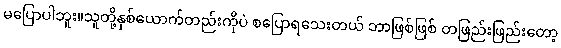
မပြောပါဘူး။သူတို့နှစ်ယောက်တည်းကိုပဲ စပြောရသေးတယ် ဘာဖြစ်ဖြစ် တဖြည်းဖြည်းတော့